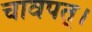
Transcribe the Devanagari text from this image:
चावपत्।